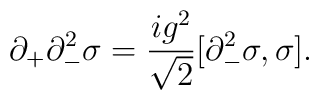
\partial_{+}\partial_{-}^{2}\sigma ={ig^{2}\over\sqrt{2}}[\partial_{-}^{2}\sigma ,\sigma].